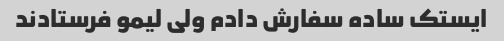
ایستک ساده سفارش دادم ولی لیمو فرستادند